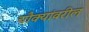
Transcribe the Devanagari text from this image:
चौक्यांवरील